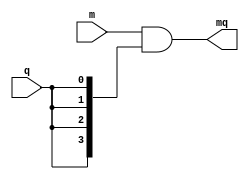
`timescale 1ns / 1ps
//////////////////////////////////////////////////////////////////////////////////
// Company: 
// Engineer: 
// 
// Design Name: 
// Module Name: mq_4bit
// Project Name: 
// Target Devices: 
// Tool Versions: 
// Description: 
// 
// Dependencies: 
// 
// Revision:
// Revision 0.01 - File Created
// Additional Comments:
// 
//////////////////////////////////////////////////////////////////////////////////


module mq_4bit(
    input [3:0] m,
    input q,
    output [3:0] mq
    );
    
    assign mq = m & {4{q}};
endmodule